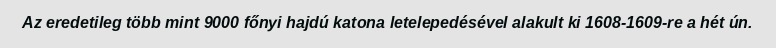
Az eredetileg több mint 9000 főnyi hajdú katona letelepedésével alakult ki 1608-1609-re a hét ún.